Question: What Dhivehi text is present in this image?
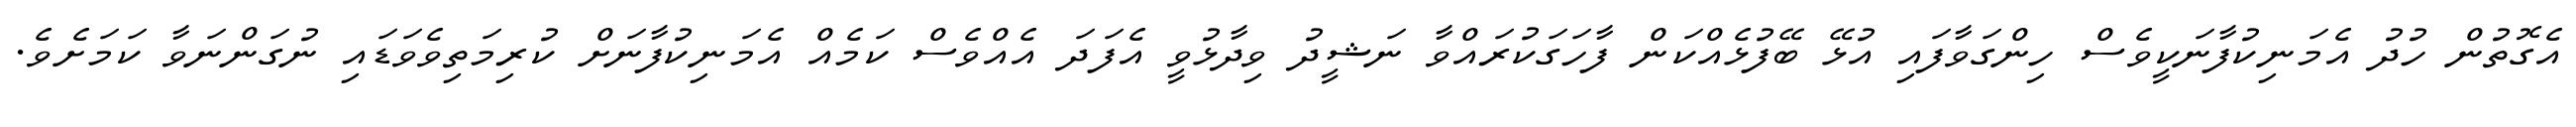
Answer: އެގޮތުން ހުދު އެމަނިކުފާނަކީވެސް ހިންގަވާފައި އުޅޭ ބޭފުޅެއްކަން ފާހަގަކުރައްވާ ނަޝީދު ވިދާޅުވީ އެފަދަ އެއްވެސް ކަމެއް އެމަނިކުފާނަށް ކުރިމަތިވެވަޑައި ނުގަންނަވާ ކަމަށެވެ.